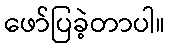
ဖော်ပြခဲ့တာပါ။